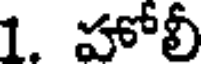
1. హోలీ